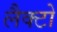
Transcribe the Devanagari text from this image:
लैक्टो